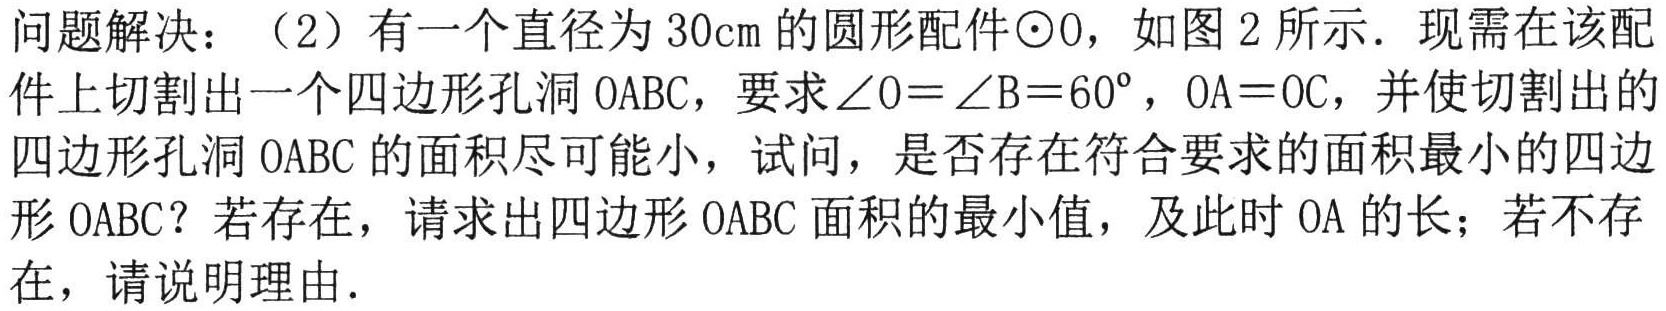
问题解决：（2）有一个直径为\(30\text{cm}\)的圆形配件\(\odot O\)，如图2所示．现需在该配件上切割出一个四边形孔洞\(OABC\)，要求\(\angle O = \angle B=60^{\circ}\)，\(OA = OC\)，并使切割出的四边形孔洞\(OABC\)的面积尽可能小，试问，是否存在符合要求的面积最小的四边形\(OABC\)？若存在，请求出四边形\(OABC\)面积的最小值，及此时\(OA\)的长；若不存在，请说明理由．